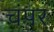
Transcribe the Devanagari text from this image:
चंपर